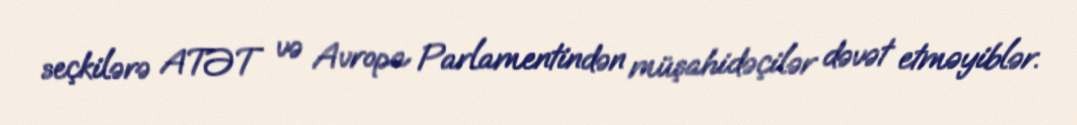
seçkilərə ATƏT və Avropa Parlamentindən müşahidəçilər dəvət etməyiblər.